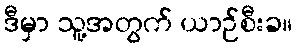
ဒီမှာ သူ့အတွက် ယာဉ်စီးခ။